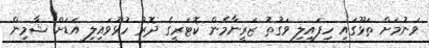
ވަނުމަށް ތަޅޫގައި ހިފައިލި ވަގުތު ޒަރީނާމެން ކޮޓަރީގެ ދޮރު ހުޅޫވައިލި އަޑަށް ޝާމިން